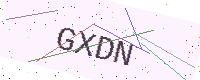
Text: GXDN